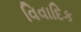
વિવાદિક